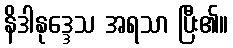
နိဒါနုဒ္ဒေသ အရသာ ပြီး၏။